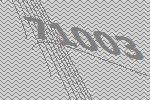
71003